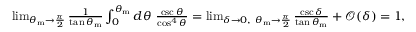
\begin{array} { r } { \operatorname* { l i m } _ { \theta _ { \mathrm { m } } \rightarrow \frac { \pi } { 2 } } \frac { 1 } { \tan \theta _ { \mathrm { m } } } \int _ { 0 } ^ { \theta _ { \mathrm { m } } } d \theta \ \frac { \csc \theta } { \cos ^ { 4 } \theta } = \operatorname* { l i m } _ { \delta \rightarrow 0 , ~ \theta _ { \mathrm { m } } \rightarrow \frac { \pi } { 2 } } \frac { \csc \delta } { \tan \theta _ { \mathrm { m } } } + \mathcal { O } ( \delta ) = 1 , } \end{array}